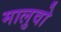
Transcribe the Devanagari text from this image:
मालुवो